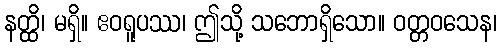
နတ္ထိ၊ မရှိ။ ဧဝရူပဿ၊ ဤသို့ သဘောရှိသော။ ဝတ္တဝသေန၊